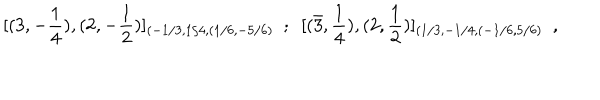
[ ( 3 , - { \frac { 1 } { 4 } } ) , ( 2 , - { \frac { 1 } { 2 } } ) ] _ { ( - 1 / 3 , 1 / 4 , ( 1 / 6 , - 5 / 6 ) } ~ ~ ; ~ ~ [ ( \bar { 3 } , { \frac { 1 } { 4 } } ) , ( 2 , { \frac { 1 } { 2 } } ) ] _ { ( 1 / 3 , - 1 / 4 , ( - 1 / 6 , 5 / 6 ) } \ \ ,